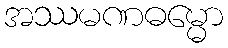
အဿမဏဓမ္မော